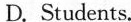
nowadays。